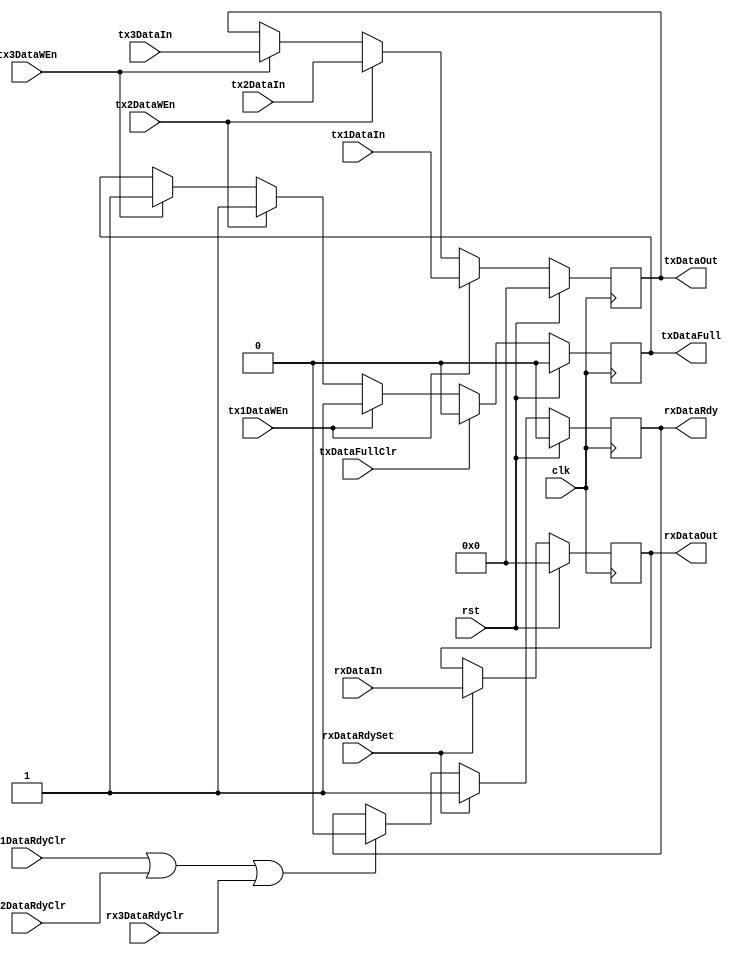
module spiTxRxData (
  clk,
  rst,

  tx1DataIn,
  tx2DataIn,
  tx3DataIn,
  tx1DataWEn,
  tx2DataWEn,
  tx3DataWEn,

  txDataOut,
  txDataFull,
  txDataFullClr,

  rx1DataRdyClr,
  rx2DataRdyClr,
  rx3DataRdyClr,

  rxDataIn,
  rxDataOut,
  rxDataRdy,
  rxDataRdySet
);

input clk;
input rst;

input [7:0] tx1DataIn;
input [7:0] tx2DataIn;
input [7:0] tx3DataIn;
input tx1DataWEn;
input tx2DataWEn;
input tx3DataWEn;

output [7:0] txDataOut;
reg [7:0] txDataOut;
output txDataFull;
reg txDataFull;
input txDataFullClr;

input rx1DataRdyClr;
input rx2DataRdyClr;
input rx3DataRdyClr;

input [7:0] rxDataIn;
output [7:0] rxDataOut;
reg [7:0] rxDataOut;
output rxDataRdy;
reg rxDataRdy;
input rxDataRdySet;


// --- Transmit control
always @(posedge clk) begin
  if (rst == 1'b1) begin
    txDataOut <= 8'h00;
    txDataFull <= 1'b0;
  end
  else begin
    if (tx1DataWEn == 1'b1) begin
      txDataOut <= tx1DataIn;
      txDataFull <= 1'b1;
    end
    else if (tx2DataWEn == 1'b1) begin
      txDataOut <= tx2DataIn;
      txDataFull <= 1'b1;
    end
    else if (tx3DataWEn == 1'b1) begin
      txDataOut <= tx3DataIn;
      txDataFull <= 1'b1;
    end
    if (txDataFullClr == 1'b1)
      txDataFull <= 1'b0;
  end
end

// --- Receive control
always @(posedge clk) begin
  if (rst == 1'b1) begin
    rxDataOut <= 8'h00;
    rxDataRdy <= 1'b0;
  end
  else begin
    if (rx1DataRdyClr == 1'b1 || rx2DataRdyClr == 1'b1 || rx3DataRdyClr == 1'b1) begin
      rxDataRdy <= 1'b0;
    end
    if (rxDataRdySet == 1'b1) begin
      rxDataRdy <= 1'b1;
      rxDataOut <= rxDataIn;
    end
  end
end

endmodule